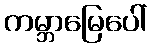
ကမ္ဘာမြေပေါ်